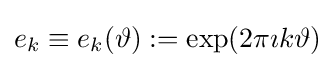
e_{k}\equiv e_{k}(\vartheta ):=\exp(2\pi \imath k\vartheta )